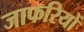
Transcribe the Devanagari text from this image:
जाफरियों